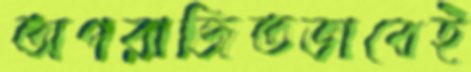
অপরাজিতভাবেই